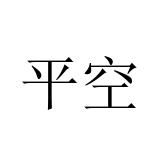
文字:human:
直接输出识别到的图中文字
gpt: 平空